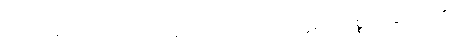
ကာမဂုဏ်၌တပ်သောသူကို။ ဗာလောတိ၊ ဗာလဟူ၍။ ပဝုစ္စတိ၊ ဆိုအပ်၏။